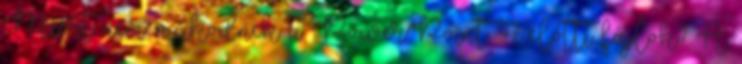
Miért nem működnek a PowerPoint 97 előtti fájlok? A